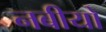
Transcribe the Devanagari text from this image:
नबीयों